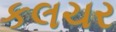
કલચર